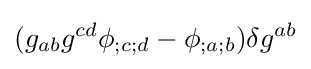
(g_{ab}g^{cd}\phi _{;c;d}-\phi _{;a;b})\delta g^{ab}